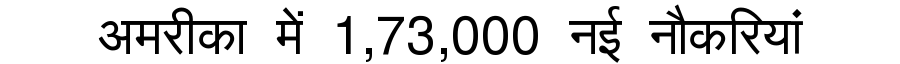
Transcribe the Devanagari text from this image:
अमरीका में 1,73,000 नई नौकरियां